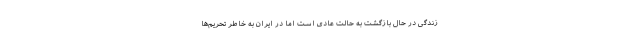
زندگی در حال بازگشت به حالت عادی است اما در ایران به خاطر تحریم‌ها